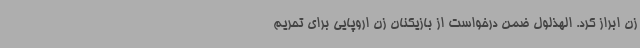
زن ابراز کرد. الهذلول ضمن درخواست از بازیکنان زن اروپایی برای تحریم